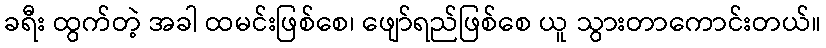
ခရီး ထွက်တဲ့ အခါ ထမင်းဖြစ်စေ၊ ဖျော်ရည်ဖြစ်စေ ယူ သွားတာကောင်းတယ်။